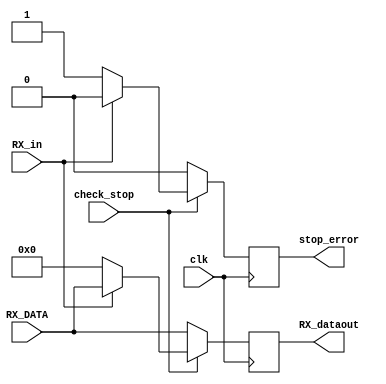
`timescale 1ns / 1ps
//////////////////////////////////////////////////////////////////////////////////
// Company: 
// Engineer: 
// 
// Design Name: 
// Module Name:    stop_bit_checker 
// Project Name: 
// Target Devices: 
// Tool versions: 
// Description: 
//
// Dependencies: 
//
// Revision: 
// Revision 0.01 - File Created
// Additional Comments: 
//
//////////////////////////////////////////////////////////////////////////////////
module stop_bit_checker(stop_error,RX_dataout,check_stop,RX_in,RX_DATA ,clk);
output reg stop_error;
output reg [7:0] RX_dataout;
input RX_in,check_stop,clk;
input[7:0] RX_DATA;
reg [2:0]count=0;
//reg flag;
always @(posedge clk)
begin
if(check_stop==1)
begin
if(RX_in)
begin
if(count==15)
begin
count<=0;
stop_error<=0;
RX_dataout<=RX_DATA;
end
else
begin
count<=count+1;
stop_error<=0;
RX_dataout<=RX_DATA;
end
end
else
begin
stop_error<=1;
RX_dataout<=8'h00;
end
end
else
begin
stop_error<=0;
RX_dataout<=RX_DATA;
end
end
endmodule